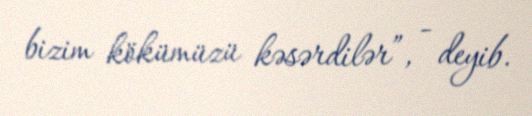
bizim kökümüzü kəsərdilər”, - deyib.